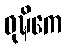
ဝုဍ္ဎိကေ